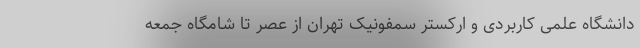
دانشگاه علمی کاربردی و ارکستر سمفونیک تهران از عصر تا شامگاه جمعه